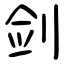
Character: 剑